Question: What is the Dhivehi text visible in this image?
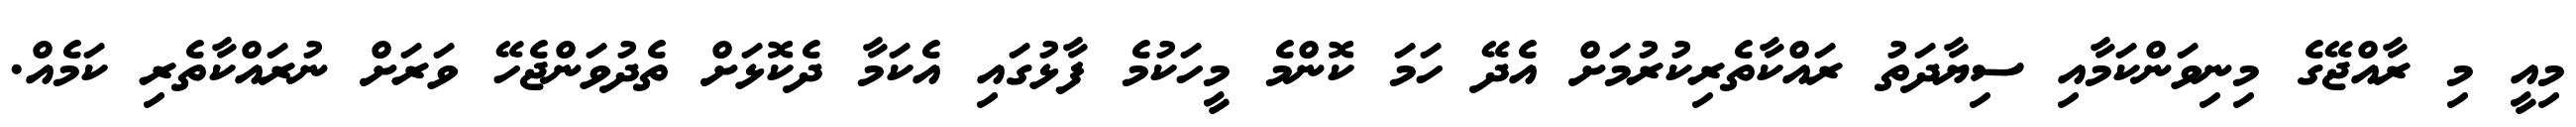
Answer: މިއީ މި ރާއްޖޭގެ މިނިވަންކަމާއި ސިޔާދަތު ރައްކާތެރިކުރުމަށް އެދޭ ހަމަ ކޮންމެ މީހަކުމެ ފާޅުގައި އެކަމާ ދެކޮޅަށް ތެދުވަންޖެހޭ ވަރަށް ނުރައްކާތެރި ކަމެއް.